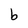
Character: b